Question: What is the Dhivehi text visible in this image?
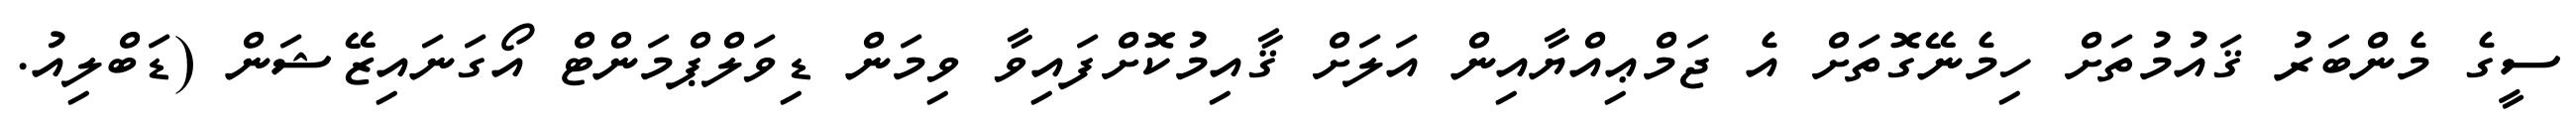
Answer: ސީގެ މެންބަރު ޤައުމުތަށް ހިމެނޭގޮތަށް އެ ޖަމްޢިއްޔާއިން އަލަށް ޤާއިމުކޮށްފައިވާ ވިމަން ޑިވަލްޕްމަންޓް އޯގަނައިޒޭޝަން (ޑަބްލިއު.